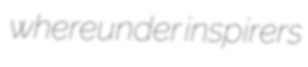
whereunder inspirers